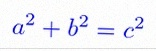
a^2+b^2=c^2